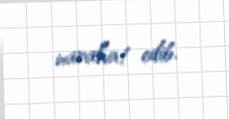
narahat edib.